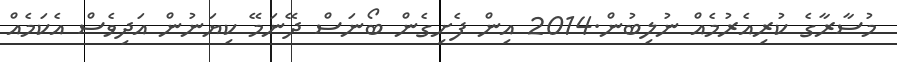
މުސާރާގެ ކުރިއެރުމެއް ނުލިބުން.2014 އިން ފެށިގެން ބޯނަސް ދޭނަމޭ ކިޔަނުން އަދިވެސް އެކަމެއް